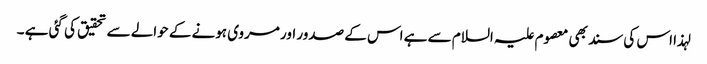
لہذا اس کی سند بھی معصوم علیہ السلام سے ہے اس کے صدور اور مروی ہونے کے حوالے سے تحقیق کی گئی ہے ۔